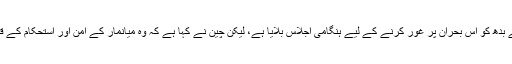
اقوامِ متحدہ کی سلامتی کونسل نے بدھ کو اس بحران پر غور کرنے کے لیے ہنگامی اجلاس بلایا ہے، لیکن چین نے کہا ہے کہ وہ میانمار کے امن اور استحکام کے قیام کے حق کی حمایت کرتا ہے۔